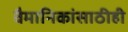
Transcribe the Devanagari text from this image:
वैमानिकांसाठीही